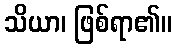
သိယာ၊ ဖြစ်ရာ၏။